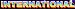
INTERNATIONAL